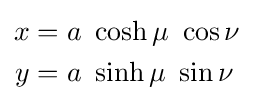
{\begin{aligned}x&=a\ \cosh \mu \ \cos \nu \\y&=a\ \sinh \mu \ \sin \nu \end{aligned}}